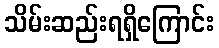
သိမ်းဆည်းရရှိကြောင်း